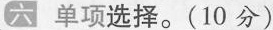
六 单项选择。（10分）